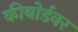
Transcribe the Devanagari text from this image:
कीबोर्डवर